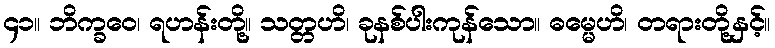
၄၁။ ဘိက္ခဝေ၊ ရဟန်းတို့။ သတ္တဟိ၊ ခုနစ်ပါးကုန်သော။ ဓမ္မေဟိ၊ တရားတို့နှင့်။